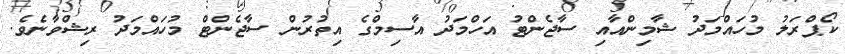
ކޯޕްރަލު މުހައްމަދު ޝާމިންއާއި ސާޖެންޓު އަހްމަދު އާސިމްގެ އިތުރުން ސާޖެންޓް މުހައްމަދު ރިޝްވާނެވެ.